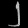
Digit: ၂